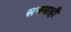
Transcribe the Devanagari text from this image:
सनमाही